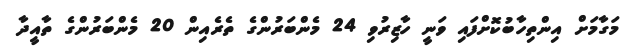
މަގާމަށް އިންތިހާބުކޮށްފައި ވަނީ ހާޒިރުވި 24 މެންބަރުންގެ ތެރެއިން 20 މެންބަރުންގެ ތާއީދާ